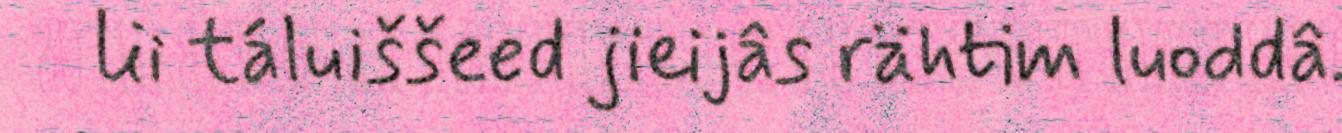
lii táluiššeed jieijâs rähtim luoddâ.